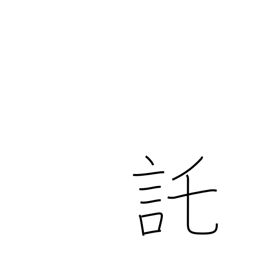
Meaning: pretend